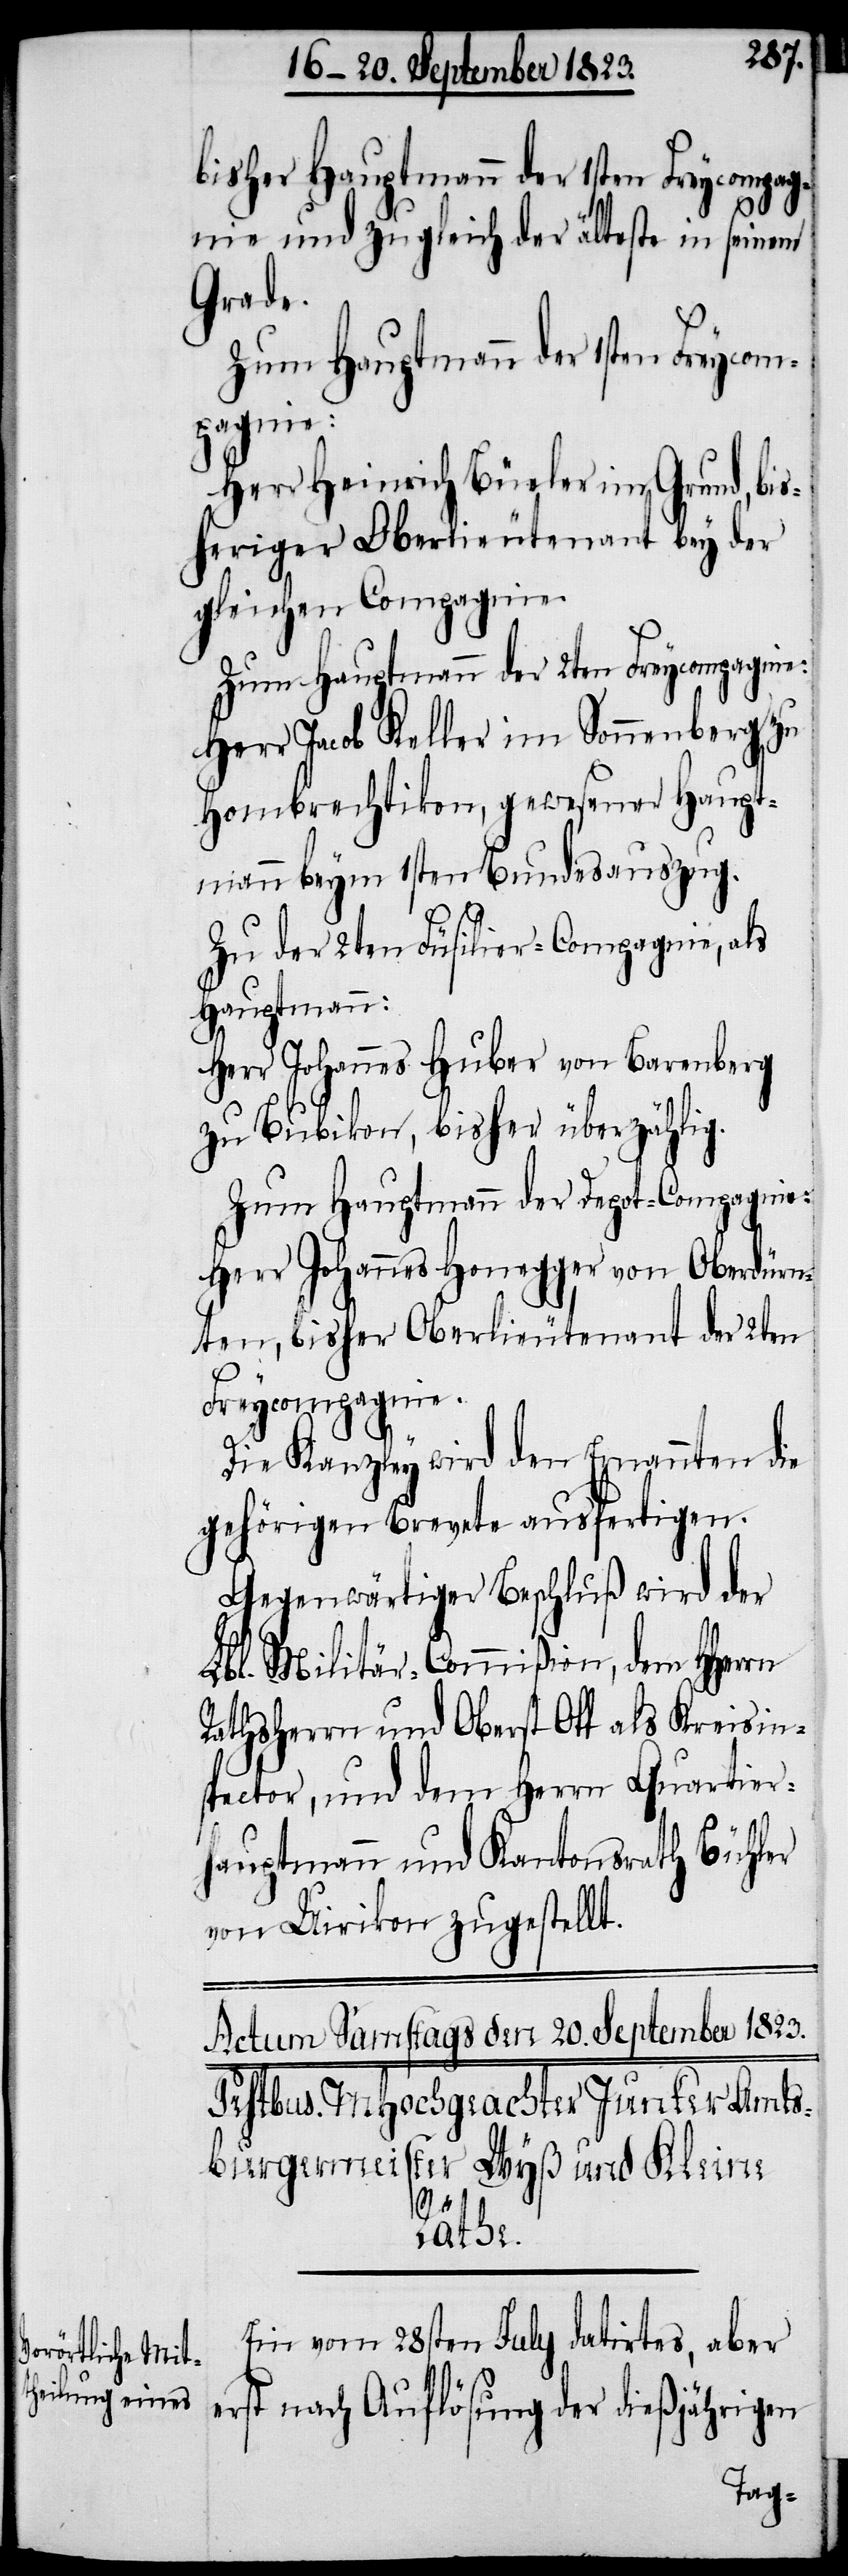
bisher Hauptmann der 1sten Freycompag¬
nie und zugleich der älteste in seinem
Grade.
Herr Heinrich Büeler im Grund, bis¬
heriger Oberlieutenant bey der
gleichen Compagnie.
Zum Hauptmann der 2ten Freycompagnie:
Herr Jacob Keller im Sonnenberg zu
Hombrechtikon, gewesener Haupt¬
mann beym 1sten Bundesauszug.
Zu der 2ten Füsilier-Compagnie, als
Hauptmann:
Herr Johannes Huber von Barenberg
zu Bubikon, bisher überzählig.
Zum Hauptmann der Depot-Compagnie:
Herr Johannes Honegger von Oberdürn¬
ten, bisher Oberlieutenant der 2ten
Freycompagnie.
Die Kanzley wird den Ernannten die
gehörigen Brevete ausfertigen.
Gegenwärtiger Beschluß wird der
Lbl. Militär-Commißion, dem HHerrn
Rathsherrn und Oberst Ott als Kreisin¬
spector, und dem Herrn Quartier¬
hauptmann und Kantonsrath Bühler
von Uirikon zugestellt.
Ein vom 28sten July datirtes, aber
erst nach Auflösung der dießjährigen